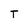
Character: T